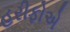
હરીફોએ